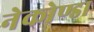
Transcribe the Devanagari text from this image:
नेकोण्डा